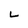
Character: L